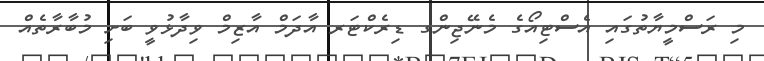
މި ރަސްމީޔާތުގައި އެސްޓިއޯގެ މެނޭޖިންގ ޑިރެކްޓަރ އާދަމް އާޒިމް ވިދާޅުވީ ބަށި މުބާރާތެއް